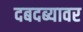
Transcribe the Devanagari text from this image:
दबदब्यावर